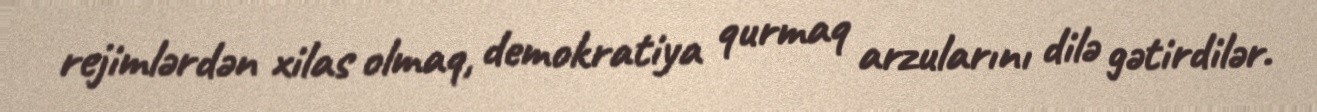
rejimlərdən xilas olmaq, demokratiya qurmaq arzularını dilə gətirdilər.